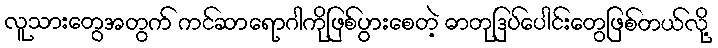
လူသားတွေအတွက် ကင်ဆာရောဂါကိုဖြစ်ပွားစေတဲ့ ဓာတုဒြပ်ပေါင်းတွေဖြစ်တယ်လို့